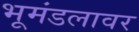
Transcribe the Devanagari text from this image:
भूमंडलावर